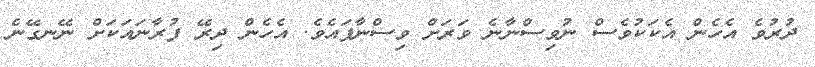
ދުރުވެ އެހެން އެކަކުވެސް ނުވިސްނާނެ ވަރަށް ވިސްނާފައެވެ. އެހެން ދިރޭ ފުރާނައަކަށް ނޭނގޭނެ